Annual report of the Punjab Veterinary College and of the Civil Veterinary Department, Punjab - 1920-1925
Year: 1920
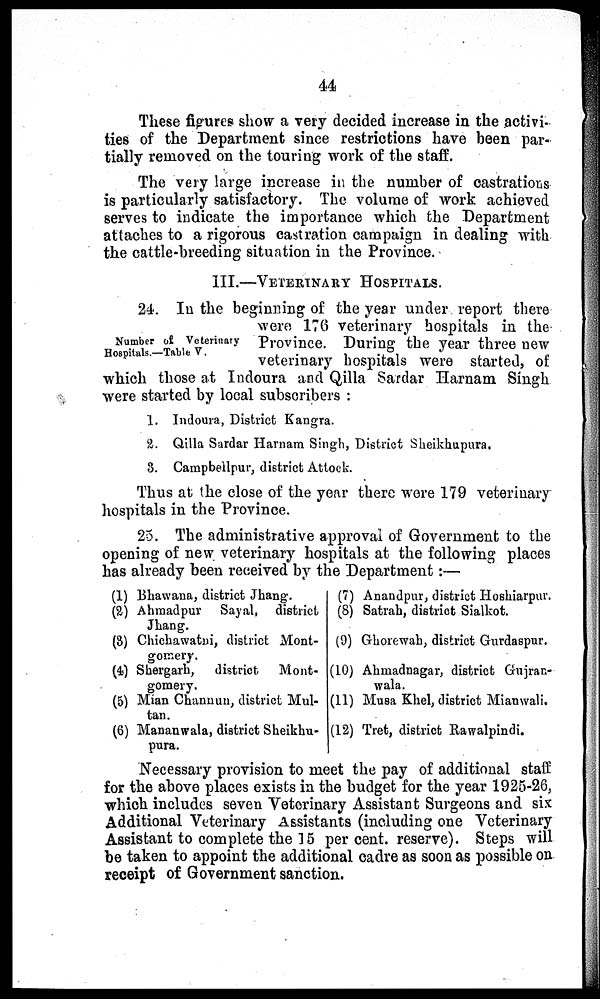
44
These figures show a very decided increase in the activi-
ties of the Department since restrictions have been par-
tially removed on the touring work of the staff.
The very large increase in the number of castrations
is particularly satisfactory. The volume of work achieved
serves to indicate the importance which the Department
attaches to a rigorous castration campaign in dealing with
the cattle-breeding situation in the Province.
III.—VERTINARY HOSPITALS.
Number of Veterinary
Hospitals.—Table V.
24. In the beginning of the year under report there
were 176 veterinary hospitals in the
Province. During the year three new
veterinary hospitals were started, of
which those at Indoura and Qilla Sardar Harnam Singh
were started by local subscribers :
1.
2.
3.
Indoura, District Kangra.
Qilla Sardar Harnam Singh, District Sheikhupura.
Campbeilpur, district Attock.
Thus at the close of the year there were 179 veterinary
hospitals in the Province.
25. The administrative approval of Government to the
opening of new veterinary hospitals at the following places
has already been received by the Department :—
(1) Bhawana, district Jhang.
(2) Ahmadpur
Sayal, district
Jhang.
(3) Chichawatni, district Mont-
gomery.
(4) Shergarh,
district
Mont-
gomery.
(5) Mian Channun, district Mul-
tan.
(6) Mananwala, district Sheikhu-
pura.
(7)Anandpur, district Hoshiarpur.
(8)Satrah, district Sialkot.
(9)Ghorewah, district Gurdaspur.
(10)Ahmadnagar, district Gujran-
wala.
(11)Musa Khel, district Mianwali.
(12)Tret, district Rawalpindi.
Necessary provision to meet the pay of additional staff
for the above places exists in the budget for the year 1925-26,
which includes seven Veterinary Assistant Surgeons and six
Additional Veterinary Assistants (including one Veterinary
Assistant to complete the 15 per cent. reserve). Steps will
be taken to appoint the additional cadre as soon as possible on
receipt of Government sanction.